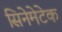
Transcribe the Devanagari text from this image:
सिनेमेटेक